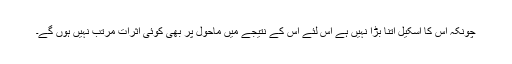
چونکہ اس کا اسکیل اتنا بڑا نہیں ہے اس لئے اس کے نتیجے میں ماحول پر بھی کوئی اثرات مرتب نہیں ہوں گے۔